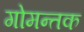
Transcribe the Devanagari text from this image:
गोमन्तक